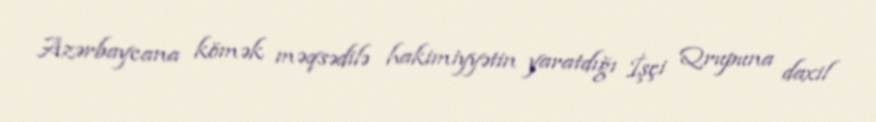
Azərbaycana kömək məqsədilə hakimiyyətin yaratdığı İşçi Qrupuna daxil